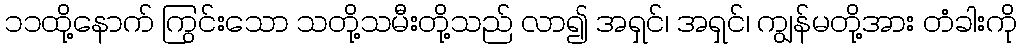
၁၁ထို့နောက် ကြွင်းသော သတို့သမီးတို့သည် လာ၍ အရှင်၊ အရှင်၊ ကျွန်မတို့အား တံခါးကို